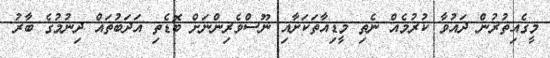
މީގެއިތުރުން ދައުވާ ކުރުމެއް ނެތި މީޑިއާތަކަށާއި ނޫސްވެރިންނަށް ބޮޑެތި އަދަބުތައް ދިނުމުގެ ބާރު